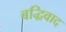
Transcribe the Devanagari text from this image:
बद्धिवाद